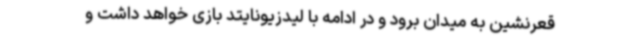
قعرنشین به میدان برود و در ادامه با لیدزیونایتد بازی خواهد داشت و